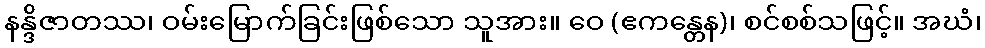
နန္ဒိဇာတဿ၊ ဝမ်းမြောက်ခြင်းဖြစ်သော သူအား။ ဝေ (ဧကန္တေန)၊ စင်စစ်သဖြင့်။ အဃံ၊